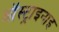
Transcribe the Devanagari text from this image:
ऑस्ट्राइनाइ